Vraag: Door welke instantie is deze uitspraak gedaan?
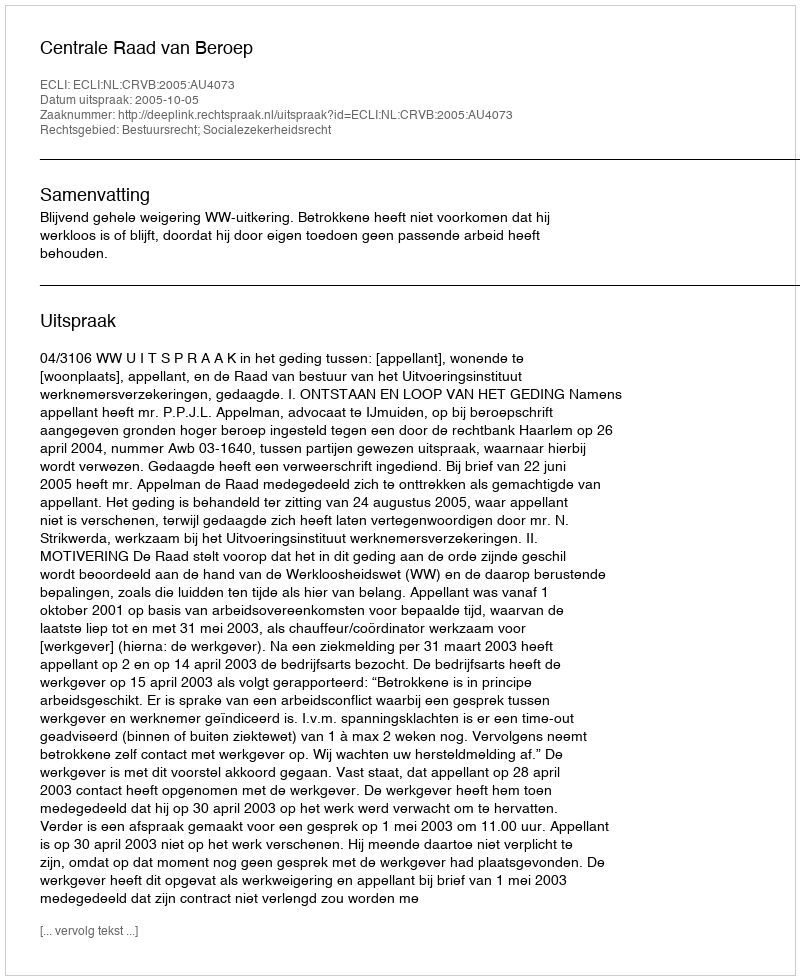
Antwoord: Centrale Raad van Beroep